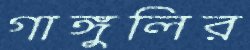
গাঙ্গুলির